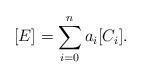
LaTeX: \begin{align*}[E] = \sum_{i = 0}^n a_i [C_i].\end{align*}